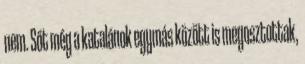
nem. Sőt még a katalánok egymás között is megosztottak,